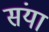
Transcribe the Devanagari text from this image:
संया